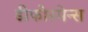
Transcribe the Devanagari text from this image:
डीफोरमेन्स